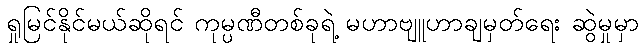
ရှုမြင်နိုင်မယ်ဆိုရင် ကုမ္ပဏီတစ်ခုရဲ့ မဟာဗျူဟာချမှတ်ရေး ဆွဲမှုမှာ